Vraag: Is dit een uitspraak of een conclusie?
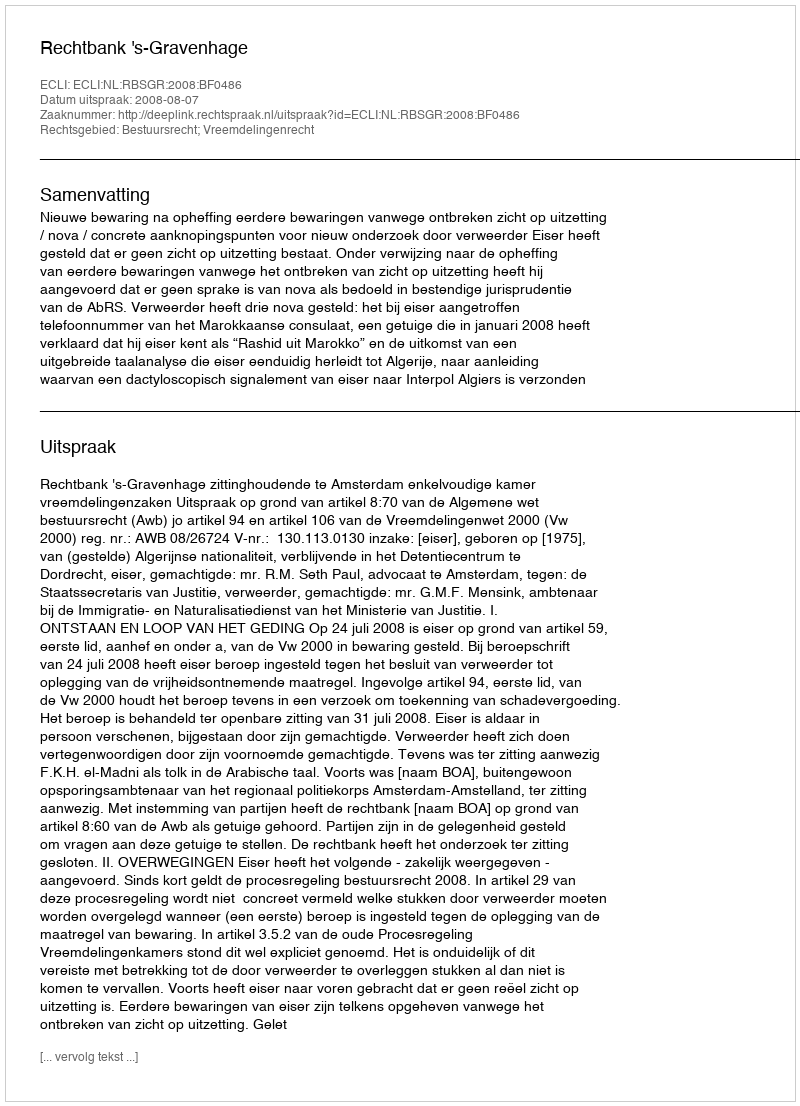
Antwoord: Uitspraak